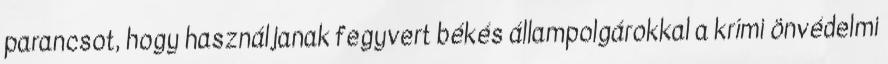
parancsot, hogy használjanak fegyvert békés állampolgárokkal a krími önvédelmi